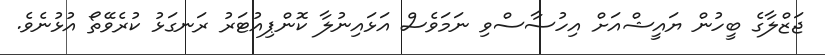
ޖަޒްލާގެ ބީހުން ޔައީޝްއަށް އިހުސާސްވި ނަމަވެސް އަޅައިނުލާ ކޮންޕިއުޓަރު ރަނގަޅު ކުރެވޭތޯ އުޅުނެވެ.